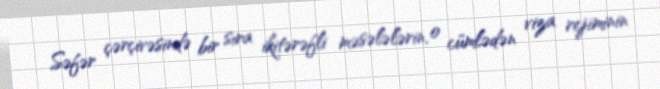
Səfər çərçivəsində bir sıra ikitərəfli məsələlərin, o cümlədən viza rejiminin